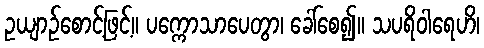
ဥယျာဉ်စောင့်ဖြင့်။ ပက္ကောသာပေတွာ၊ ခေါ်စေ၍။ သပရိဝါရေဟိ၊